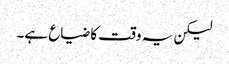
لیکن یہ وقت کا ضیاع ہے۔